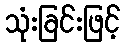
သုံးခြင်းဖြင့်